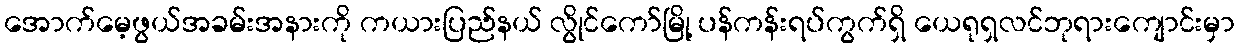
အောက်မေ့ဖွယ်အခမ်းအနားကို ကယားပြည်နယ် လွိုင်ကော်မြို့ ပန်ကန်းရပ်ကွက်ရှိ ယေရုရှလင်ဘုရားကျောင်းမှာ